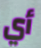
أي